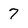
Character: 7